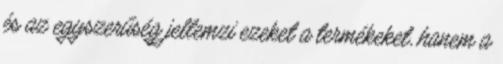
és az egyszerűség jellemzi ezeket a termékeket, hanem a